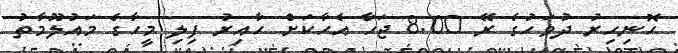
ހޮނިހިރު ދުވަހުގެ ރޭ 8.00 ޖަހާ އެހާކަށް ހާއިރު ފިލި މީހާގެ މައުލޫމާތު